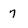
Character: 7